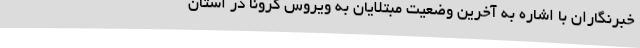
خبرنگاران با اشاره به آخرین وضعیت مبتلایان به ویروس کرونا در استان